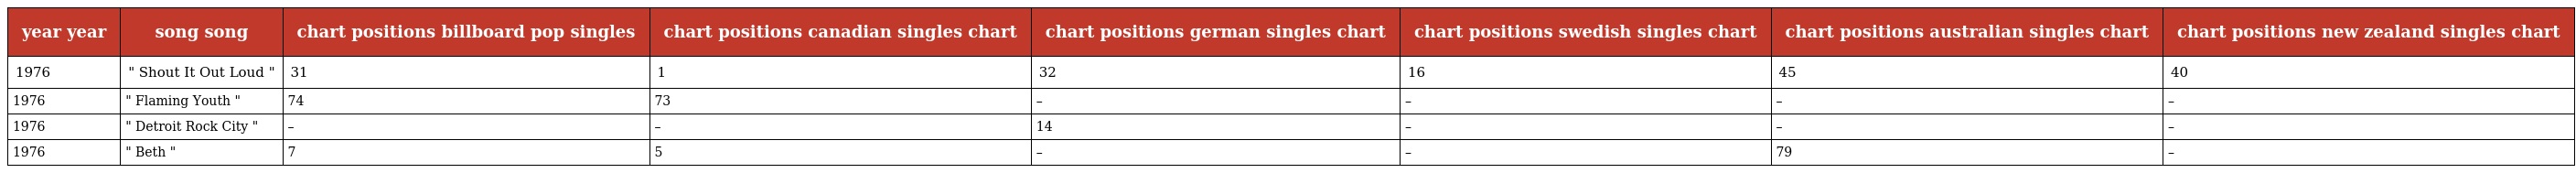
| year year | song song | chart positions billboard pop singles | chart positions canadian singles chart | chart positions german singles chart | chart positions swedish singles chart | chart positions australian singles chart | chart positions new zealand singles chart |
 | --- | --- | --- | --- | --- | --- | --- | --- |
 | 1976 | " Shout It Out Loud " | 31 | 1 | 32 | 16 | 45 | 40 |
 | 1976 | " Flaming Youth " | 74 | 73 | – | – | – | – |
 | 1976 | " Detroit Rock City " | – | – | 14 | – | – | – |
 | 1976 | " Beth " | 7 | 5 | – | – | 79 | – |